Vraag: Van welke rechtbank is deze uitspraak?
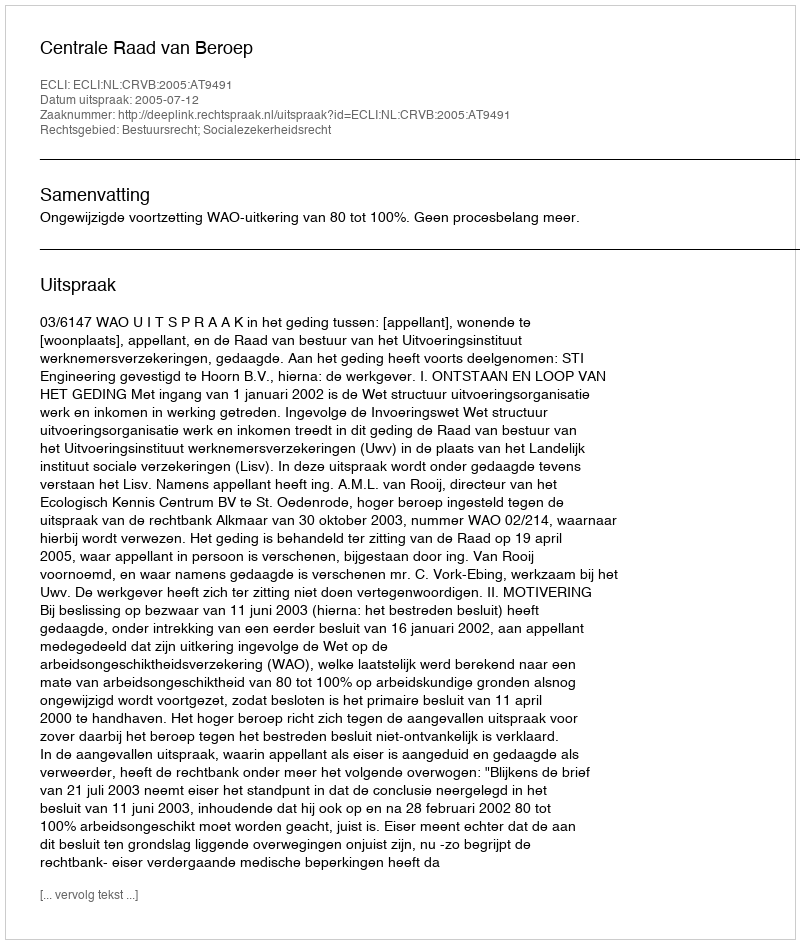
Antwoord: Centrale Raad van Beroep